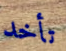
تأخد